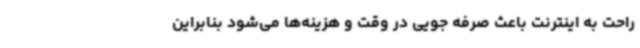
راحت به اینترنت باعث صرفه‌ جویی در وقت و هزینه‌ها می‌شود بنابراین